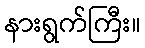
နားရွက်ကြီး။